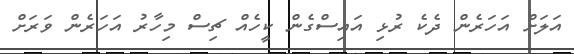
އަލަށް އަހަރެން ދެކެ ރުޅި އައިސްގެން ކީހެއް ޗިސް މިހާރު އަހަރެން ވަރަށް